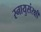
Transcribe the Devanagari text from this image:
स्नायुसंरक्षी